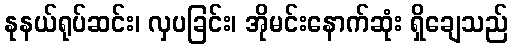
နုနယ်ရုပ်ဆင်း၊ လှပခြင်း၊ အိုမင်းနောက်ဆုံး ရှိချေသည်